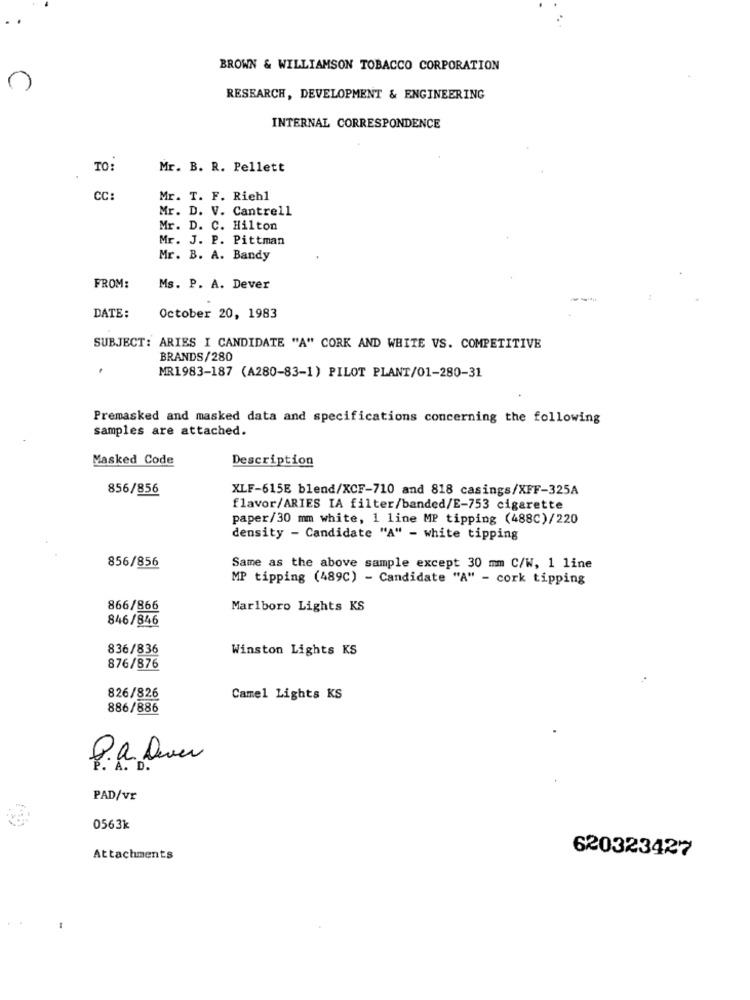
BROWN & WILLIAMSON TOBACCO CORPORATION
RESEARCH, DEVELOPMENT & ENGINEERING
INTERNAL CORRESPONDENCE
TO
Mr. B. R. Pellett
CC:
Mr. T. F. Riehl
Mr. D. V. Cantrell
Mr. D. C. Hilton
Mr. J. P. Pittman
Mr. B. A. Bandy
FROM:
Ms. P. A. Dever
DATE:
October 20, 1983
SUBJECT: ARIES I CANDIDATE "A" CORK AND WHITE VS. COMPETITIVE
BRANDS/280
MR1983-187 (A280-83-1) PILOT PLANT/01-280-31
Premasked and masked data and specifications concerning the following
samples are attached.
Masked Code
Description
856/856
XLF-615E blend/XCF-710 and 818 casings/XFF-325A
flavor/ARIES IA filter/banded/E-753 cigarette
paper/30 mm white, 1 line MP tipping (488C)/220
density - Candidate "A" - white tipping
856/856
Same as the above sample except 30 mm C/W, 1 line
MP tipping (489C) - Candidate "A" - cork tipping
866/866
Marlboro Lights KS
846/846
836/836
Winston Lights KS
876/876
826/826
Camel Lights KS
886/886
P.a. Duer
PAD/vr
0563k
620323427
Attachments